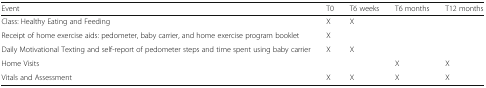
<table><thead><tr><td><b>Event</b></td><td><b>T0</b></td><td><b>T6 weeks</b></td><td><b>T6 months</b></td><td><b>T12 months</b></td></tr></thead><tbody><tr><td>Class: Healthy Eating and Feeding</td><td>X</td><td>X</td><td></td><td></td></tr><tr><td>Receipt of home exercise aids: pedometer, baby carrier, and home exercise program booklet</td><td>X</td><td></td><td></td><td></td></tr><tr><td>Daily Motivational Texting and self-report of pedometer steps and time spent using baby carrier</td><td>X</td><td>X</td><td></td><td></td></tr><tr><td>Home Visits</td><td></td><td></td><td>X</td><td>X</td></tr><tr><td>Vitals and Assessment</td><td>X</td><td>X</td><td>X</td><td>X</td></tr></tbody></table>